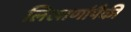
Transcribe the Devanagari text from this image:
लिखाणांपैकी